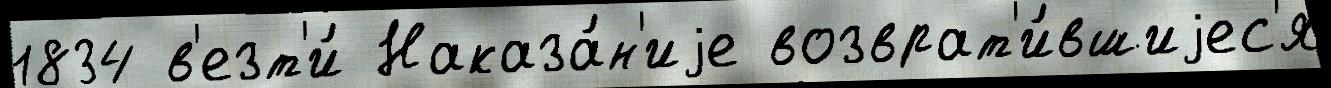
1834 в'езт'и́ Наказа́н'иjе возврат'и́вшиjес'я